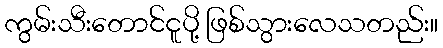
ကွမ်းသီးတောင်ငူပို့ ဖြစ်သွားလေသတည်း။